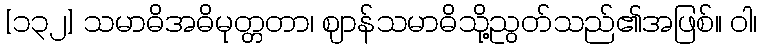
[၁၃၂] သမာဓိအဓိမုတ္တတာ၊ ဈာန်သမာဓိသို့ညွတ်သည်၏အဖြစ်။ ဝါ၊